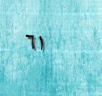
٦١